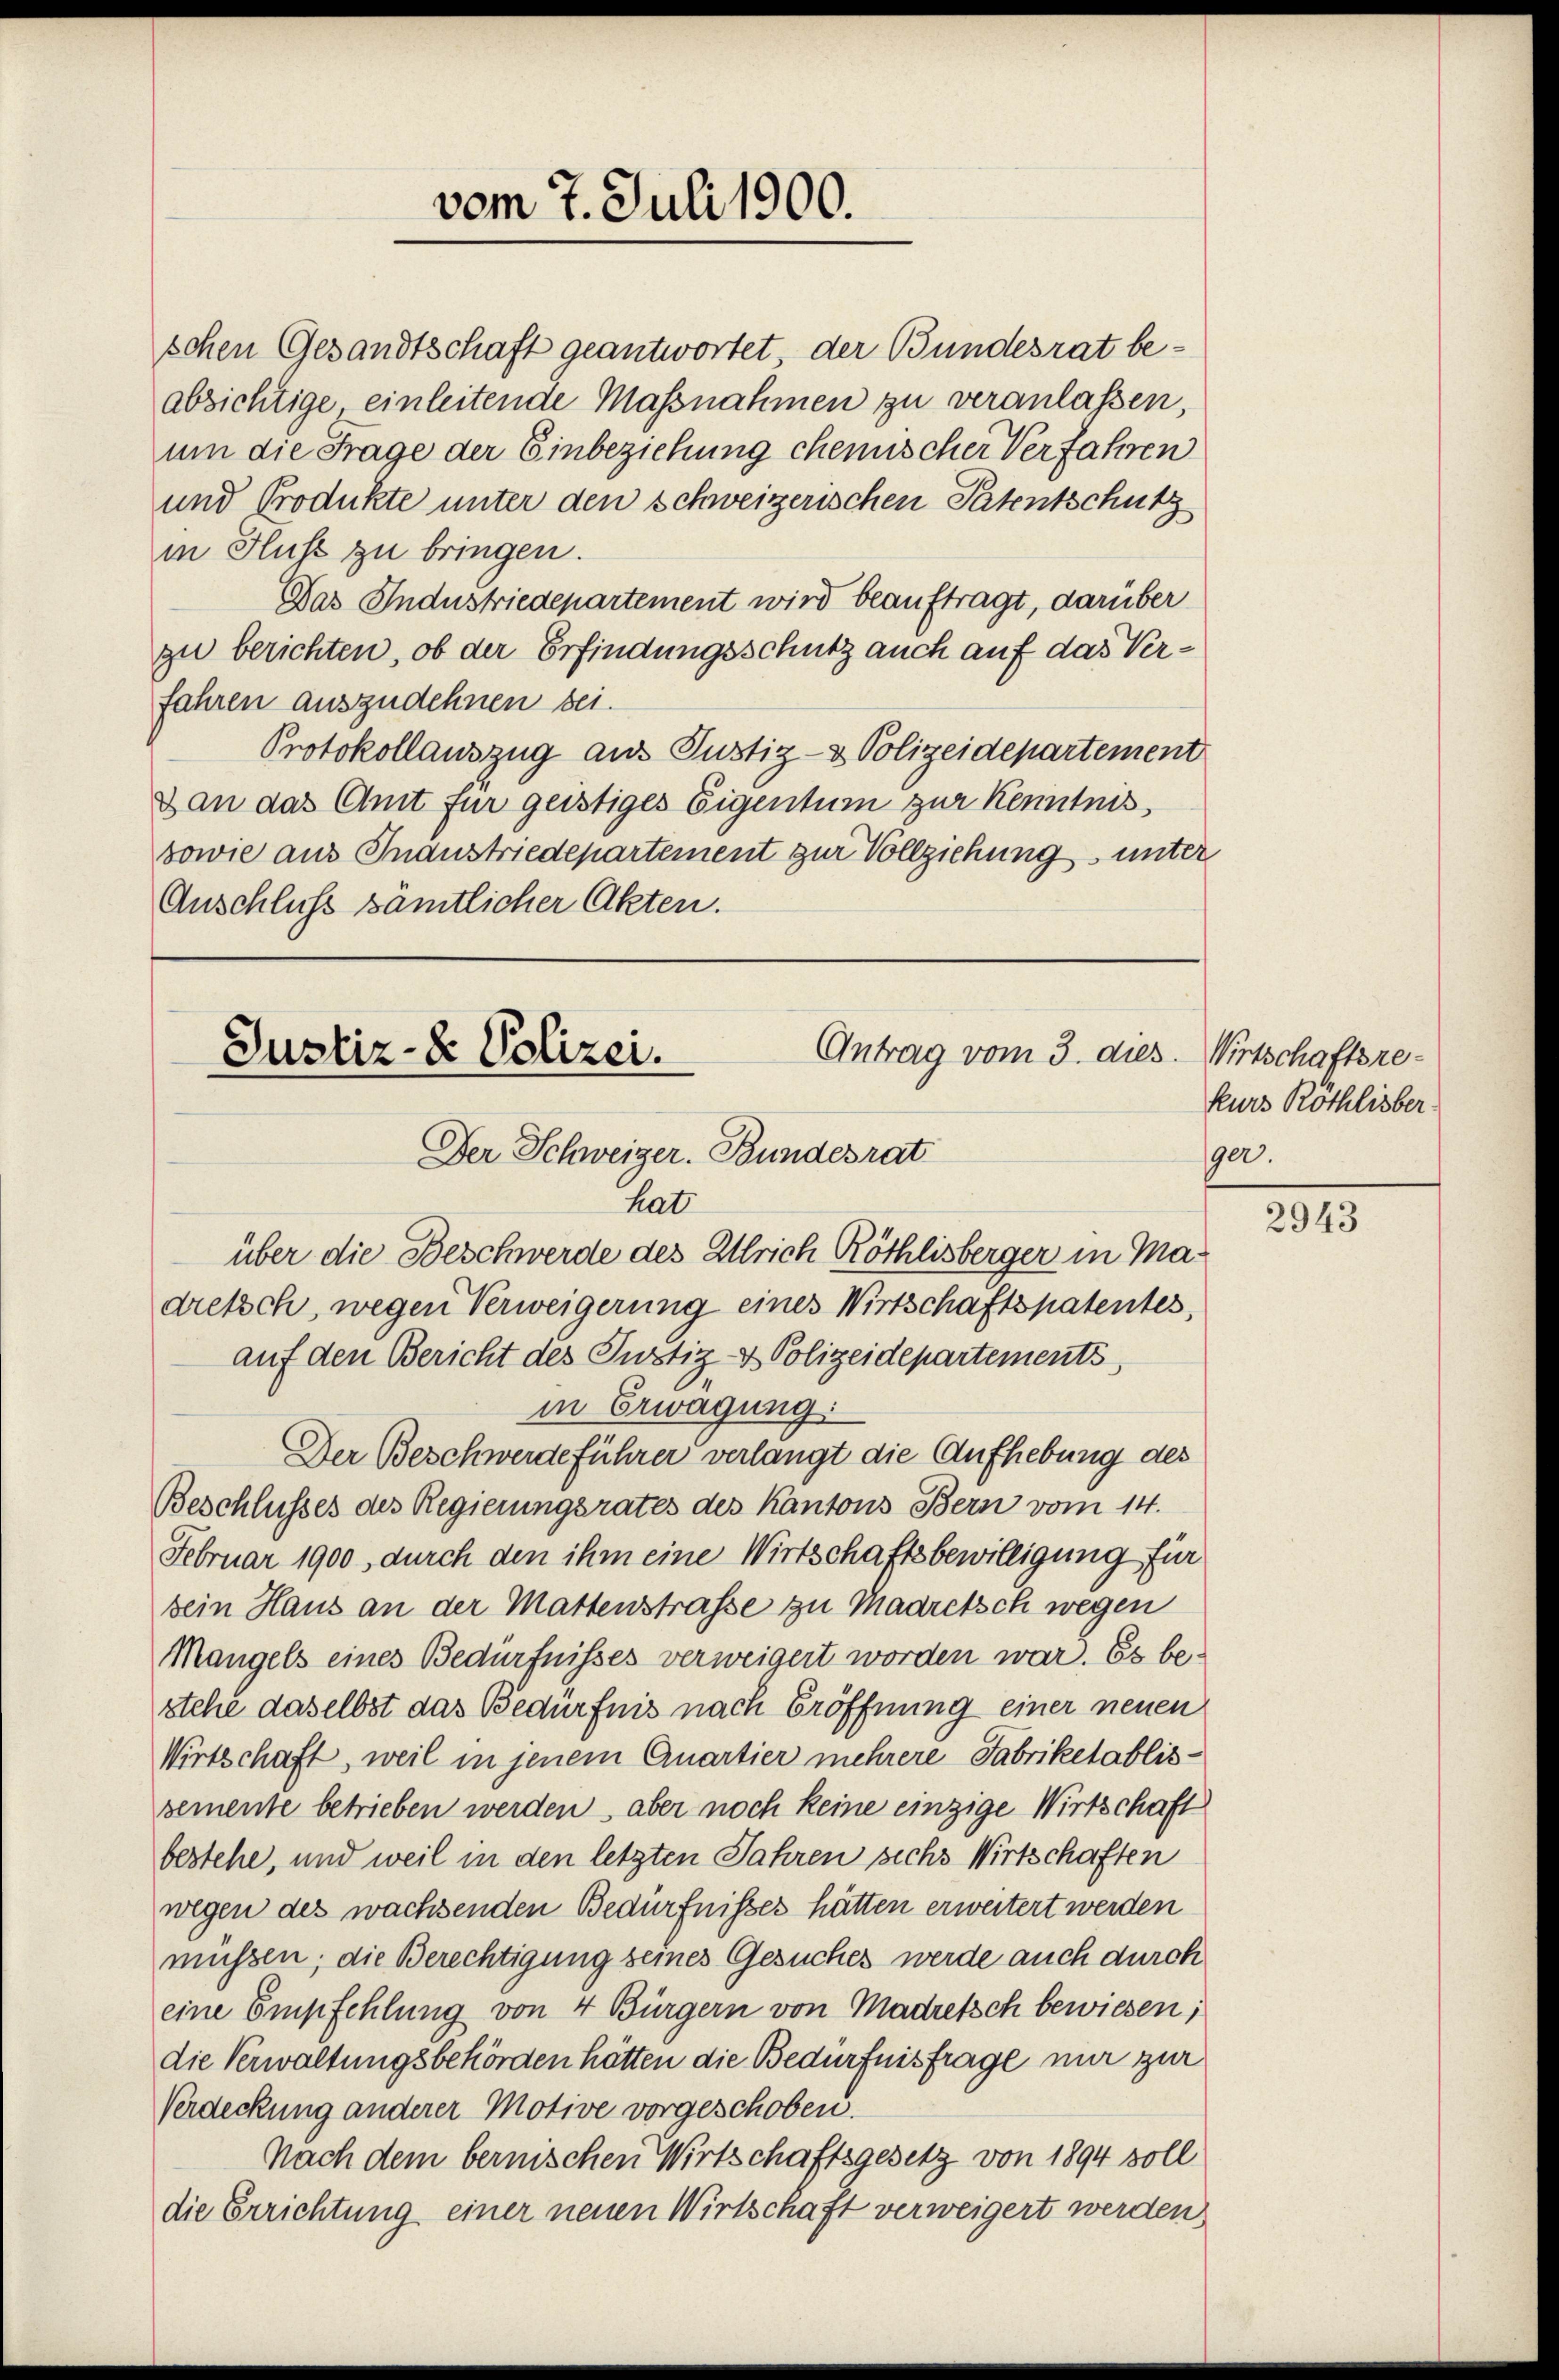
schen Gesandtschaft geantwortet, der Bundesrat beabsichtige, einleitende Massnahmen zu veranlassen,
um die Frage der Einbeziehung chemischer Verfahren
und Produkte unter den schweizerischen Patentschutz
in Fluss zu bringen.
Das Industriedepartement wird beauftragt, darüber
zu berichten, ob der Erfindungsschutz auch auf das Verfahren auszudehnen sei.
Protokollauszug aus Justiz- & Polizeidepartement
Dan das Amt für geistiges Eigentum zur Kenntnis
sowie aus Gnaustriedepartement zur Vollziehung unter
Anschluß sämtlicher Akten.

vom 7. Juli 1900.

Antrag vom 3. dies
Justiz- & Polizei.
Der Schweizer. Bundesrat

hat.
über die Beschwerde des Ulrich Röthlisberger in Madretsch, wegen Verweigerung eines Wirtschaftspatentes,
auf den Bericht des Justiz- & Polizeidepartements,
in Erwägung:
Der Beschwerdeführer verlangt die Aufhebung des
Beschlusses des Regierungsrates des Kantons Bern vom 14.
Februar 1900, durch den ihm eine Wirtschaftsbewilligung für
sein Haus an der Mattenstrasse zu Madretsch wegen
Mangels eines Bedürfnisses verweigert worden war. Es bestehe daselbst das Bedürfnis nach Eröffnung einer neuen
Wirtschaft, weil in jenem Quartier mehrere Fabriketablissemente betrieben werden, aber noch keine einzige Wirtschaft
bestehe, und weil in den letzten Jahren sechs Wirtschaften
wegen des wachsenden Bedürfnisses hätten erweitert werden
müssen; die Berechtigung seines Gesuches werde auch durch
eine Empfehlung von 4 Bürgern von Madretsch bewiesen;
die Verwaltungsbehörden hätten die Bedürfnisfrage nur zur
Verdeckung anderer Motive vorgeschoben.
Nach dem bernischen Wirtschaftsgesetz von 1894 soll
die Errichtung einer neuen Wirtschaft verweigert werden,

Wirtschaftsrekurs Röthlisber
1900.

2943